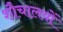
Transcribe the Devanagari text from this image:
शौचालय़ों